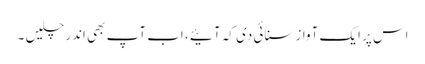
اس پر ایک آواز سنائی دی کہ آئیے ، اب آپ بھی اندر چلیں ۔